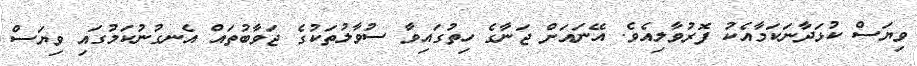
ވިޔަސް ކުޅަދާނަކަމާއެކު ފޮރުވާލިއެވެ. އޭނައަށް ޖަނާގެ ހިތުގައިވާ ސުވާލުތަކުގެ ޖަވާބުތައް އެނގުނުކަމުގައި ވިޔަސް